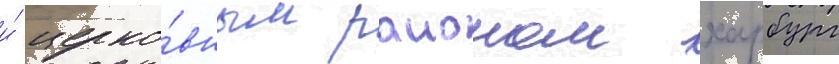
и́ церко́вным раионом харбург